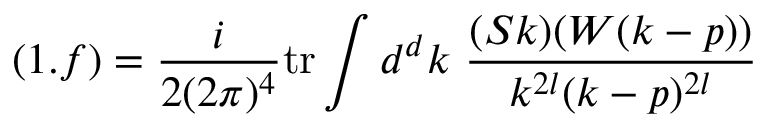
( 1 . f ) = \frac { i } { 2 ( 2 \pi ) ^ { 4 } } \mathrm { t r } \int d ^ { d } k \ \frac { ( S k ) ( W ( k - p ) ) } { k ^ { 2 l } ( k - p ) ^ { 2 l } }